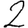
Digit: 2